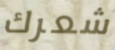
شعرك